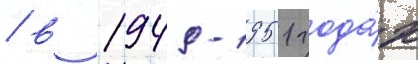
/ в 1949-1951 года́х